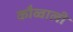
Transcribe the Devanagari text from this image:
कौव्वाली